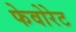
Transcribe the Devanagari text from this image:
फेवोरेट